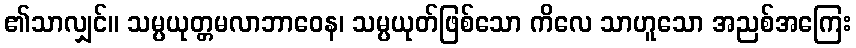
၏သာလျှင်။ သမ္ပယုတ္တမလာဘာဝေန၊ သမ္ပယုတ်ဖြစ်သော ကိလေ သာဟူသော အညစ်အကြေး